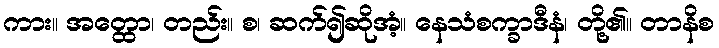
ကား။ အတ္ထော၊ တည်း။ စ၊ ဆက်၍ဆိုအံ့။ နေသံစက္ခာဒီနံ၊ တို့၏။ တာနိစ